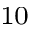
^ { 1 0 }